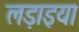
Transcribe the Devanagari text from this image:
लड़ाइया